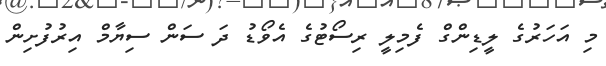
މި އަހަރުގެ ލީޑިންގް ފެމިލީ ރިސޯޓުގެ އެވޯޑު ދަ ސަން ސިޔާމް އިރުފުށިން